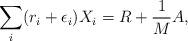
LaTeX: \begin{align*} \sum_i (r_i + \epsilon_i) X_i = R + \frac{1}{M}A,\end{align*}